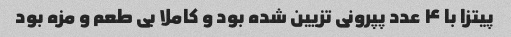
پیتزا با ۴ عدد پپرونی تزیین شده بود و کاملا بی طعم و مزه بود